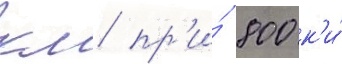
км пр'и́ 800 к'и́